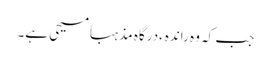
جب کہ وہ راندہءدرگاہ مذہباً مسیحی ہے۔